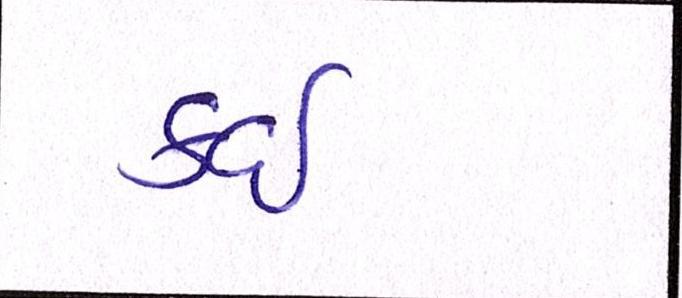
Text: કઇ